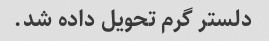
دلستر گرم تحویل داده شد.